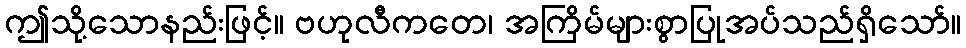
ဤသို့သောနည်းဖြင့်။ ဗဟုလီကတေ၊ အကြိမ်များစွာပြုအပ်သည်ရှိသော်။